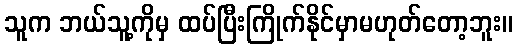
သူက ဘယ်သူ့ကိုမှ ထပ်ပြီးကြိုက်နိုင်မှာမဟုတ်တော့ဘူး။